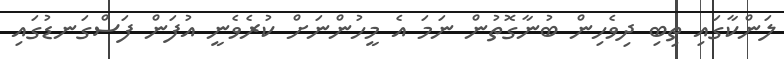
ލަންކާގައި ތިބި ދިވެހިން ބުނާގޮތުން ނަމަ އެ މީހުންނަށް ކުރެވެނީ އުފަން ފަސްގަނޑުގައި